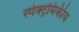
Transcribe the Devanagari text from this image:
स्पेक्ट्रमिकीय